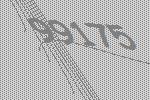
99175